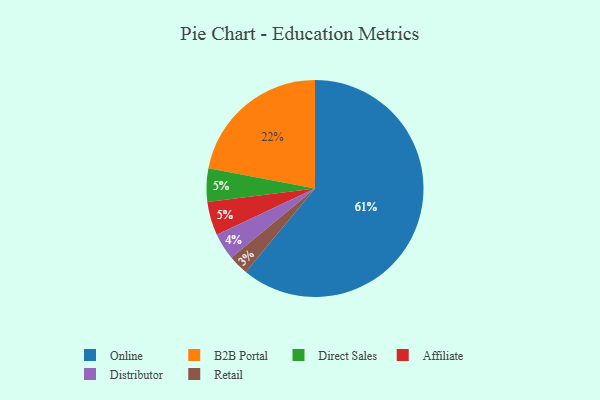
{"axis": {"x": "Category", "y": "Percentage"}, "legend": ["Affiliate", "B2B Portal", "Direct Sales", "Distributor", "Online", "Retail"], "data": [{"x": "B2B Portal", "y": 22, "type": "B2B Portal"}, {"x": "Direct Sales", "y": 5, "type": "Direct Sales"}, {"x": "Online", "y": 61, "type": "Online"}, {"x": "Retail", "y": 3, "type": "Retail"}, {"x": "Distributor", "y": 4, "type": "Distributor"}, {"x": "Affiliate", "y": 5, "type": "Affiliate"}]}